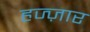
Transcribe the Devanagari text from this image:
हज्ज़ार